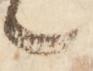
々